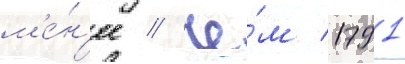
м'е́н'ее / че́м 1791